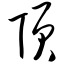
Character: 顶